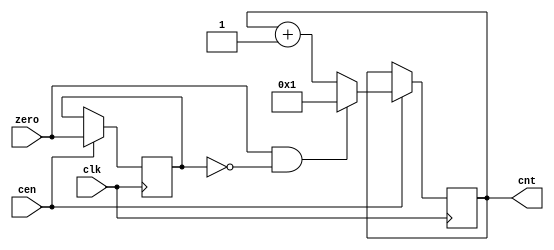
// This program was cloned from: https://github.com/atrac17/Toaplan2
// License: GNU General Public License v3.0

/*  This file is part of JT51.

    JT51 is free software: you can redistribute it and/or modify
    it under the terms of the GNU General Public License as published by
    the Free Software Foundation, either version 3 of the License, or
    (at your option) any later version.

    JT51 is distributed in the hope that it will be useful,
    but WITHOUT ANY WARRANTY; without even the implied warranty of
    MERCHANTABILITY or FITNESS FOR A PARTICULAR PURPOSE.  See the
    GNU General Public License for more details.

    You should have received a copy of the GNU General Public License
    along with JT51.  If not, see <http://www.gnu.org/licenses/>.

	Author: Jose Tejada Gomez. Twitter: @topapate
	Version: 1.1
	Date: 15- 4-2016
	*/

module sep32_cnt(
    input           clk,
    input           cen,
    input           zero,
    output reg [4:0]    cnt
    );

reg last_zero;

always @(posedge clk) if(cen) begin : proc_cnt
    last_zero <= zero;
    cnt <= (zero&&!last_zero) ? 5'd1 : cnt + 5'b1;
end

endmodule // sep32_cnt